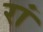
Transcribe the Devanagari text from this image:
रां